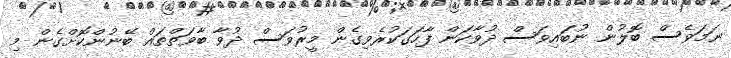
ނަމަވެސް ބޮލުން ނުބައިވަސް ދުވާކަން ފާހަގަކުރެވިގެން މީރުވަސް ދުވާ ބާވަތްތައް ބޭނުންކޮށްގެން މި